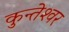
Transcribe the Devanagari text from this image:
कुन्‍तेश्‍वर